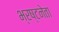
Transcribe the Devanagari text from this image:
भ्रष्टनेता